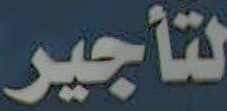
لتأجير